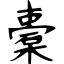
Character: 橐